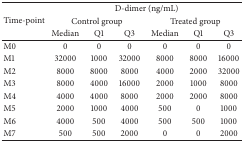
<table><thead><tr><td rowspan="3"><b>Time-point</b></td><td colspan="6"><b>D-dimer (ng/mL)</b></td></tr><tr><td colspan="3"><b>Control group</b></td><td colspan="3"><b>Treated group</b></td></tr><tr><td><b>Median</b></td><td><b>Q1</b></td><td><b>Q3</b></td><td><b>Median</b></td><td><b>Q1</b></td><td><b>Q3</b></td></tr></thead><tbody><tr><td>M0</td><td>0</td><td>0</td><td>0</td><td>0</td><td>0</td><td>0</td></tr><tr><td>M1</td><td>32000</td><td>1000</td><td>32000</td><td>8000</td><td>8000</td><td>16000</td></tr><tr><td>M2</td><td>8000</td><td>8000</td><td>8000</td><td>4000</td><td>2000</td><td>32000</td></tr><tr><td>M3</td><td>8000</td><td>4000</td><td>16000</td><td>2000</td><td>1000</td><td>8000</td></tr><tr><td>M4</td><td>4000</td><td>4000</td><td>8000</td><td>2000</td><td>2000</td><td>8000</td></tr><tr><td>M5</td><td>2000</td><td>1000</td><td>4000</td><td>500</td><td>0</td><td>1000</td></tr><tr><td>M6</td><td>4000</td><td>500</td><td>4000</td><td>500</td><td>500</td><td>1000</td></tr><tr><td>M7</td><td>500</td><td>500</td><td>2000</td><td>0</td><td>0</td><td>2000</td></tr></tbody></table>